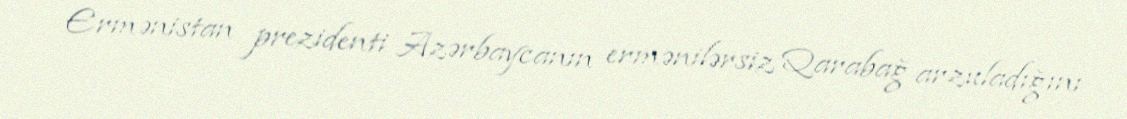
Ermənistan prezidenti Azərbaycanın ermənilərsiz Qarabağ arzuladığını